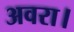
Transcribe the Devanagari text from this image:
अवरा।